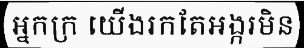
អ្នកក្រ យើងរកតែអង្ករមិន